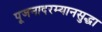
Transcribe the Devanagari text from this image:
पूजनादरम्यानसुद्धा